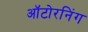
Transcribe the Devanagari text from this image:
ऑटोरनिंग